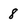
Character: 8